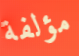
مؤلفة